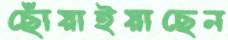
ছোঁয়াইয়াছেন